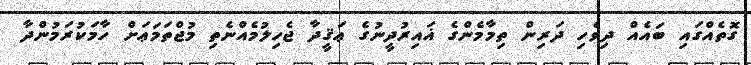
ގޮތެއްގައި ބައެއް ދިވެހި ދަރިން ތިމާމެންގެ ޣައިރުދީނުގެ ޢަޤީދާ ޖެހިލުމެއްނެތި މުޖްތަމަޢަށް ހާމަކުރަމުންދާ